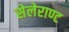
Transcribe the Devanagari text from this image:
सेलेराण्ट